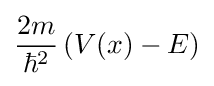
{\frac {2m}{\hbar ^{2}}}\left(V(x)-E\right)